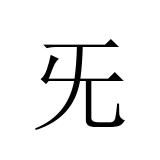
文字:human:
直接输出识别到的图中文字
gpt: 旡